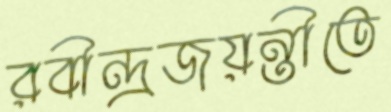
রবীন্দ্রজয়ন্তীতে